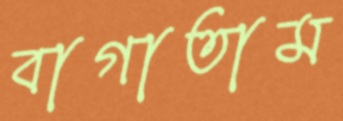
বাগাতাম